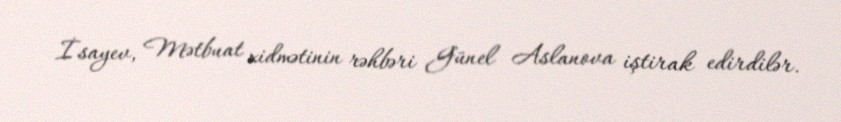
İsayev, Mətbuat xidmətinin rəhbəri Günel Aslanova iştirak edirdilər.